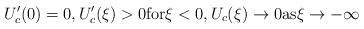
LaTeX: \begin{align*}U_{c}'(0)=0, U_{c}'(\xi)>0 {\rm{for}} \xi<0, U_{c}(\xi)\to 0 {\rm{as}} \xi \to -\infty\end{align*}